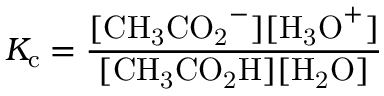
K _ { \mathrm { c } } = { \frac { \mathrm { [ { C H _ { 3 } C O _ { 2 } } ^ { - } ] [ { H _ { 3 } O } ^ { + } ] } } { \mathrm { [ { C H _ { 3 } C O _ { 2 } H } ] [ { H _ { 2 } O } ] } } }